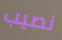
نصيب